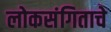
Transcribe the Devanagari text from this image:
लोकसंगिताचे